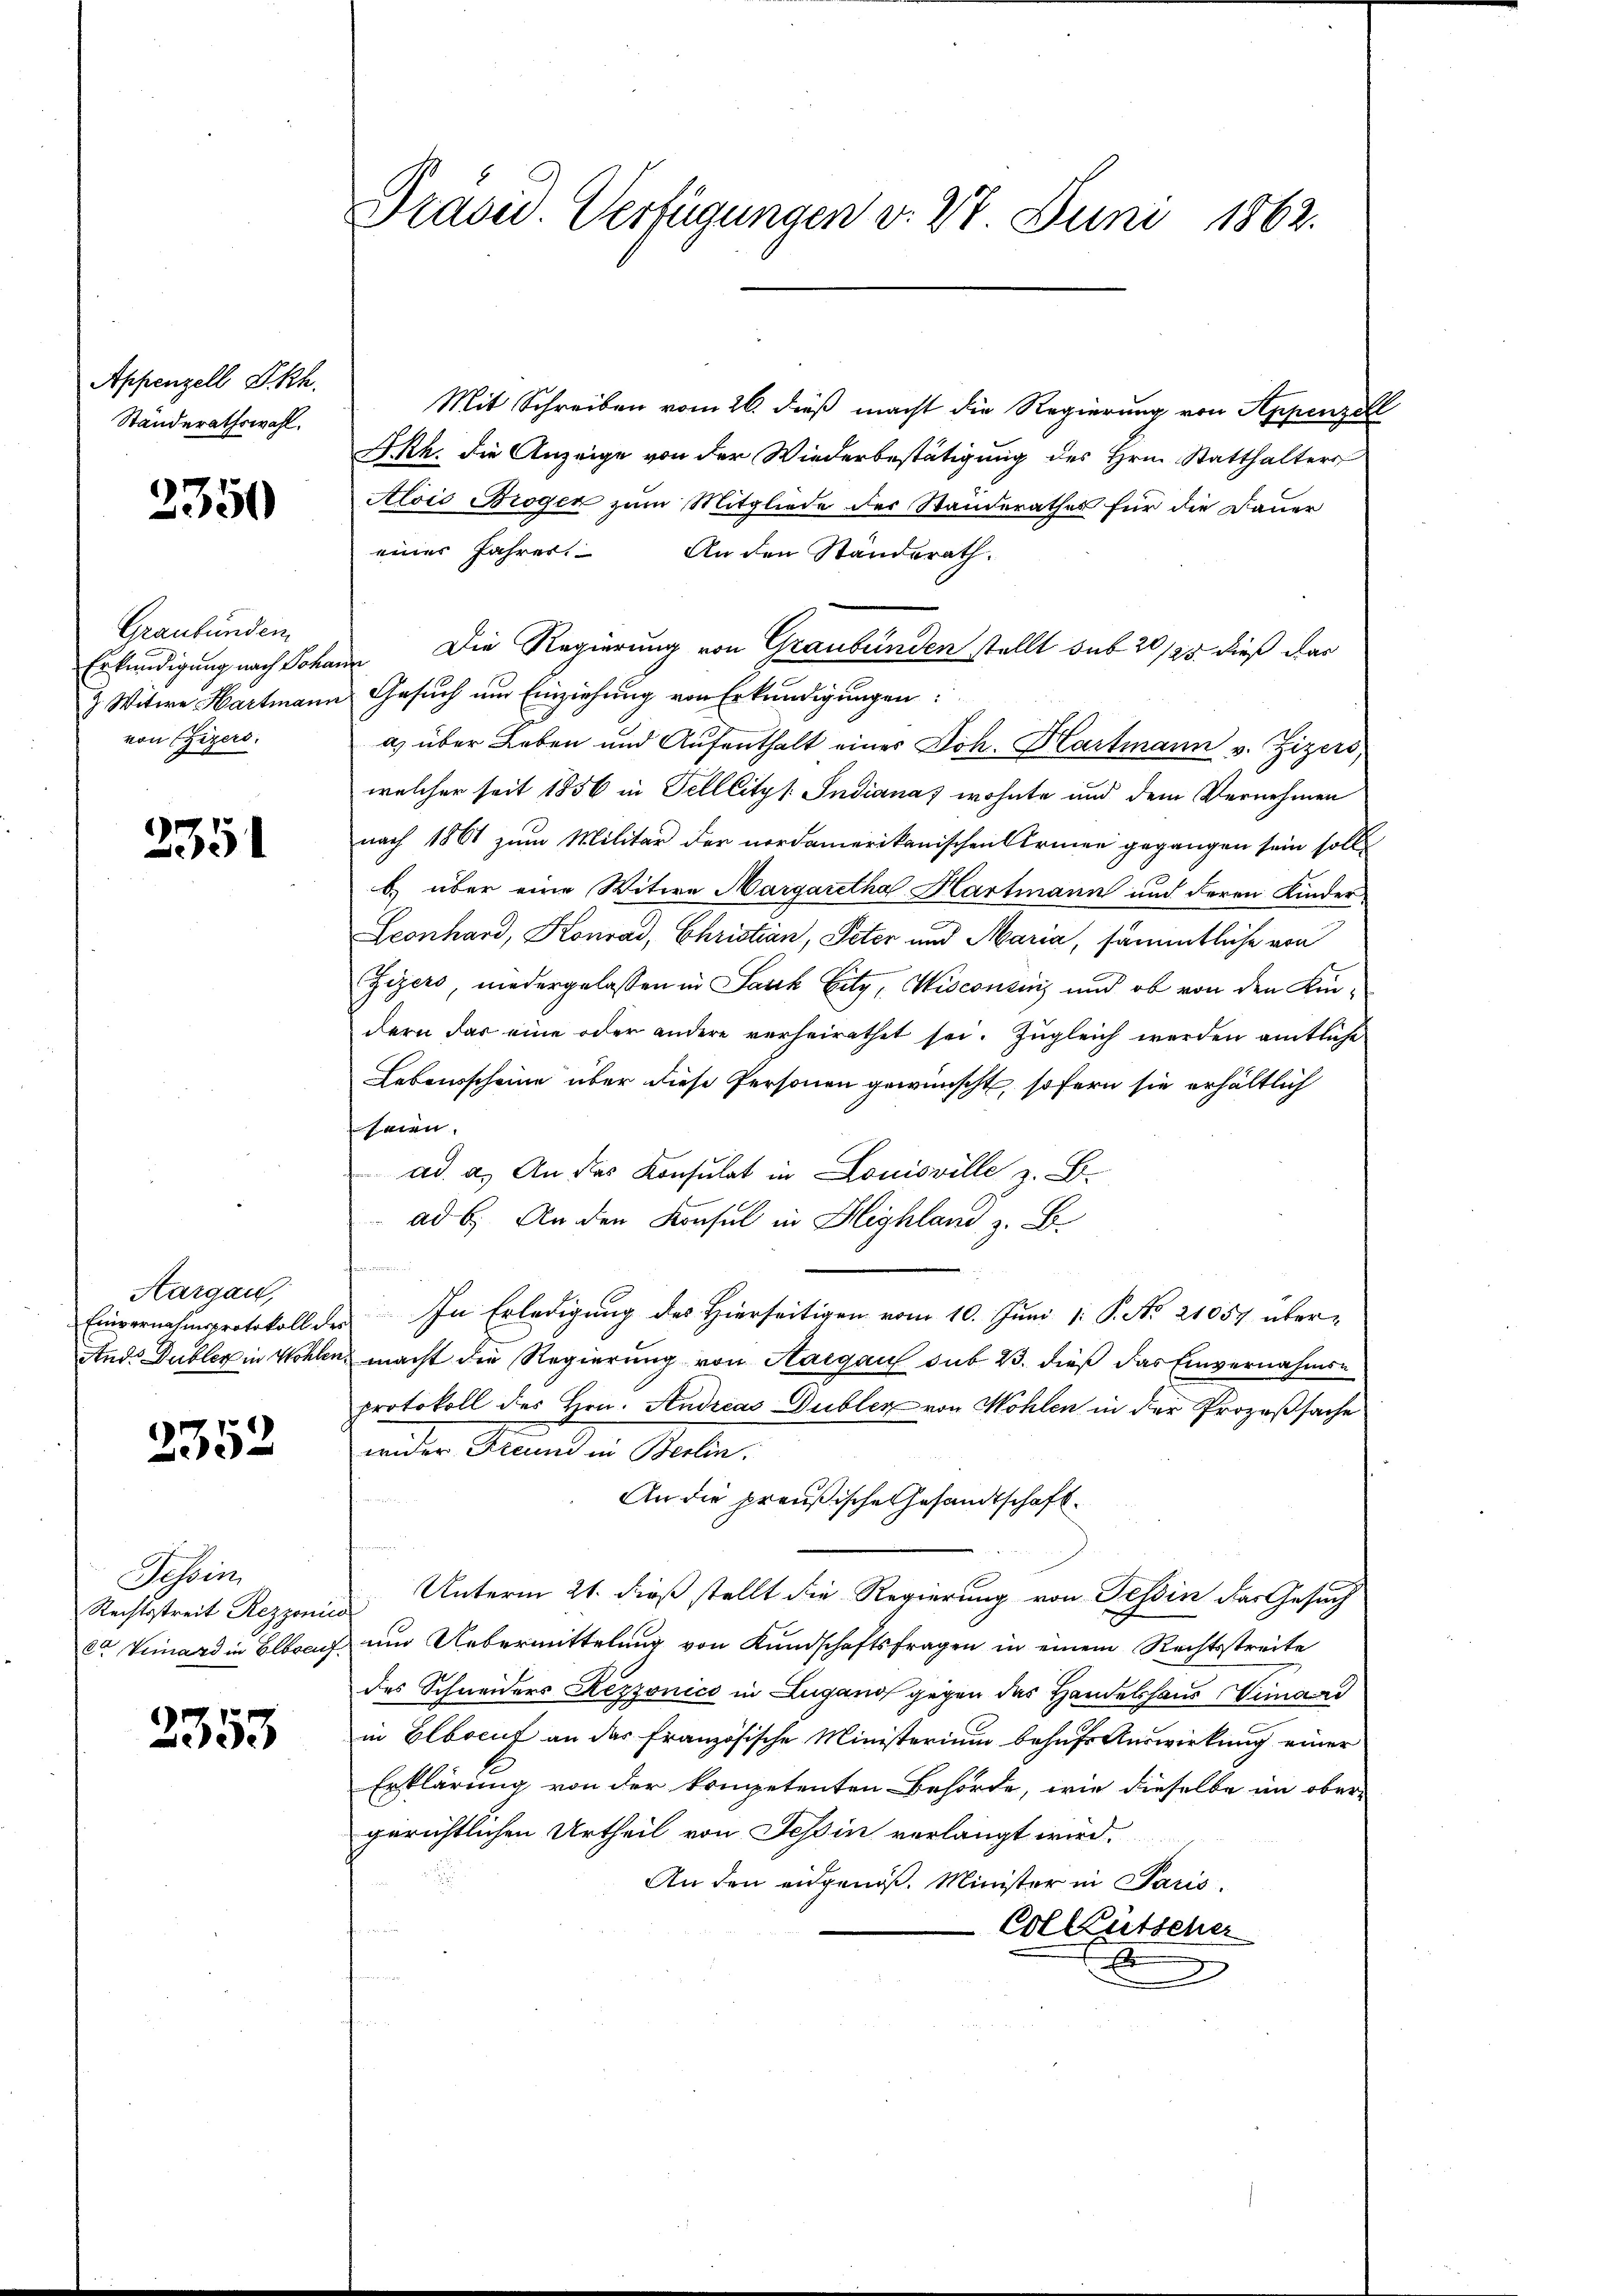
Appenzell Okh.
Ständerathswahl.

2350

Graubünden
von Ehegers.

2351

Aargau,

3352

Tessin
Rechtsstreit Rezzonico

2353

Mit Schreiben vom 26. dieß macht die Regierung von Appenzell
SRh. die Anzeige von der Wiederbestätigung des Hrn. Statthalters
Alois Brogen zum Mitgliede der Standerathes für die Dauer
einer Jahrer. An den Standerath.
Erkundigung nach Johann Die Regierung von Graubünden stellt sub 20/25 dieß das
3 Witwe Hartmann Gesuch um Einziehung von Erkundigungen:
a) über Leben und Aufenthalt einer Joh. Hartmann v. Zizers,
welcher seit 1856 in Telllitzs Indiana wohnte und dem Vernehmen
nach 1861 zum Militär der nordamerikanischen Armen gegangen sein soll
b) über eine Witwe Margaretha Hartmann und deren Kinder
Leonhard, Konrad, Christian, Peter und Maria, sämmtliche von
Zizers, niedergelassen in Jauch Eitz, Wisconsins und ob von den Kindern das eine oder andere verheirathet sei. Zugleich werden amtliche
Lebensscheine über diese Personen gewünscht, sofern sie erhältlich
seien.
ad a. An das Konsulat in Louisville z. B.
ad 6. An den Konsul in Highland z. B.
Einvernahmsprotokoll der In Erledigŭng des hierseitigen vom 10. Jŭni 1: P. No. 21057 über-
Ands Dubler in Wohlen, macht die Regierung von Aargau sub 23. dieß das Einvernahmsprotokoll des Hrn. Andreas Dubler von Wohlen in der Prozeßsache
inder Grund in Stelle.
An die preußische Gesandtschaft
Unterm 21. dieß stellt die Regierung von Tessin das Gesuch
ca Veiard in Elbrach um Uebermittelung von Kundschaftsfragen in einem Rechtsstreite
des Schneiders Rezzonico in Lugano gegen das Handelshaus Vinand
in Elbocuf an das französische Ministerium behufs Auswirkung einer
Erklärung von der kompetenten Behörde, wie dieselbe im ober-
gerichtlichen Urtheil von Tessin verlangt wird.
An den eidgenöß. Minister in Paris.
Collütscher
.
.

Präsid. Verfügungen v. 27 Juni 1862.